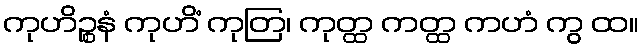
ကုဟိဉ္စနံ ကုဟိံ ကုတြ၊ ကုတ္ထ ကတ္ထ ကဟံ ကွ ထ။